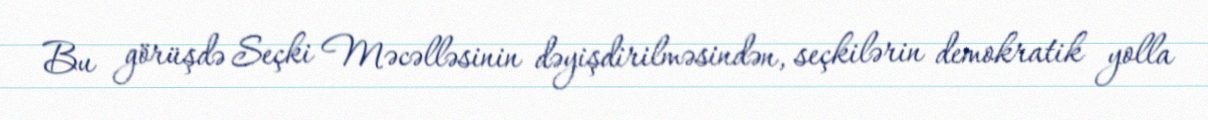
Bu görüşdə Seçki Məcəlləsinin dəyişdirilməsindən, seçkilərin demokratik yolla